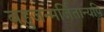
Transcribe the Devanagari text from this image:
बहुजन्मर्जितान्यपि